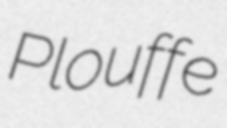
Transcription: Plouffe